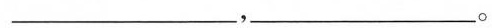
___,___。